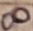
Text: 8